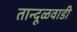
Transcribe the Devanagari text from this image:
तान्दूळवाडी